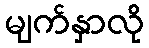
မျက်နှာလို